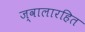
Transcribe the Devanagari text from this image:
ज्वालारहित